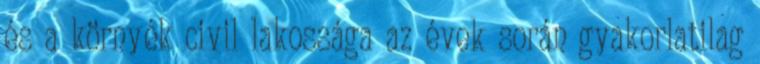
és a környék civil lakossága az évek során gyakorlatilag